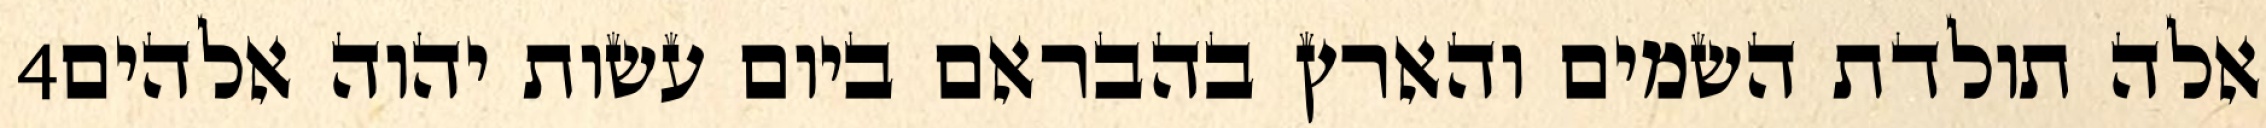
‎4‏ אלה תולדת השמים והארץ בהבראם ביום עשות יהוה אלהים